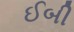
ઈબી